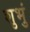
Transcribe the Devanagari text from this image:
शुभुं